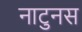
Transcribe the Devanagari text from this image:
नाटुनस